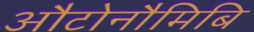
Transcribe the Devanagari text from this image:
औटोनौमिबि